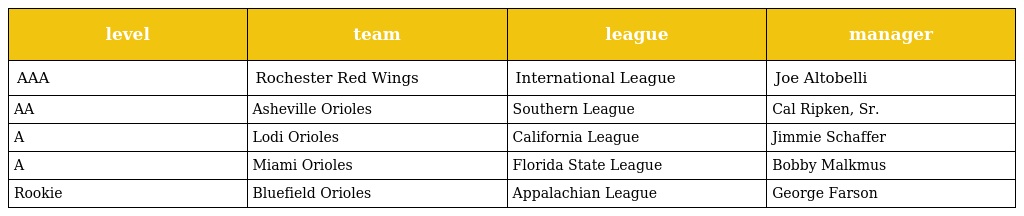
| level | team | league | manager |
 | --- | --- | --- | --- |
 | AAA | Rochester Red Wings | International League | Joe Altobelli |
 | AA | Asheville Orioles | Southern League | Cal Ripken, Sr. |
 | A | Lodi Orioles | California League | Jimmie Schaffer |
 | A | Miami Orioles | Florida State League | Bobby Malkmus |
 | Rookie | Bluefield Orioles | Appalachian League | George Farson |